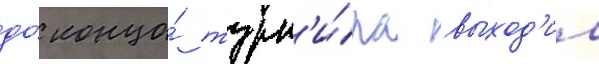
до́ конца́ турн'и́ра выход'ил